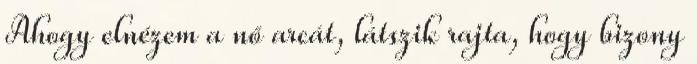
Ahogy elnézem a nő arcát, látszik rajta, hogy bizony